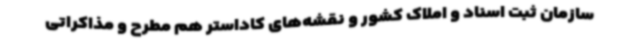
سازمان ثبت اسناد و املاک کشور و نقشه‌های کاداستر هم مطرح و مذاکراتی